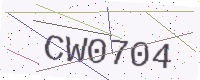
Text: CW0704